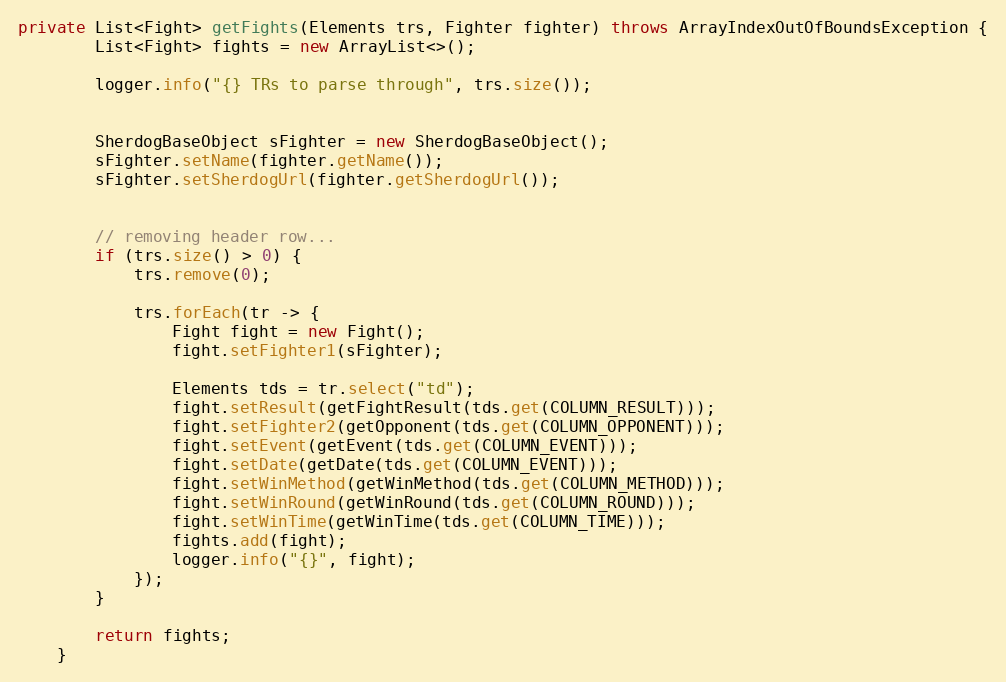
Language: Java
private List<Fight> getFights(Elements trs, Fighter fighter) throws ArrayIndexOutOfBoundsException {
        List<Fight> fights = new ArrayList<>();

        logger.info("{} TRs to parse through", trs.size());

        SherdogBaseObject sFighter = new SherdogBaseObject();
        sFighter.setName(fighter.getName());
        sFighter.setSherdogUrl(fighter.getSherdogUrl());

        // removing header row...
        if (trs.size() > 0) {
            trs.remove(0);

            trs.forEach(tr -> {
                Fight fight = new Fight();
                fight.setFighter1(sFighter);

                Elements tds = tr.select("td");
                fight.setResult(getFightResult(tds.get(COLUMN_RESULT)));
                fight.setFighter2(getOpponent(tds.get(COLUMN_OPPONENT)));
                fight.setEvent(getEvent(tds.get(COLUMN_EVENT)));
                fight.setDate(getDate(tds.get(COLUMN_EVENT)));
                fight.setWinMethod(getWinMethod(tds.get(COLUMN_METHOD)));
                fight.setWinRound(getWinRound(tds.get(COLUMN_ROUND)));
                fight.setWinTime(getWinTime(tds.get(COLUMN_TIME)));
                fights.add(fight);
                logger.info("{}", fight);
            });
        }

        return fights;
    }